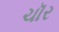
ચૉર